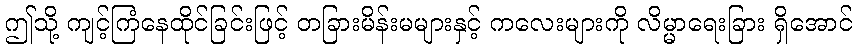
ဤသို့ ကျင့်ကြံနေထိုင်ခြင်းဖြင့် တခြားမိန်းမများနှင့် ကလေးများကို လိမ္မာရေးခြား ရှိအောင်